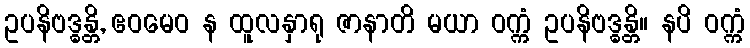
ဥပနိဗဒ္ဓန္တိ, ဧဝမေဝ န ထူလနှာရု ဇာနာတိ မယာ ဝက္ကံ ဥပနိဗဒ္ဓန္တိ။ နပိ ဝက္ကံ